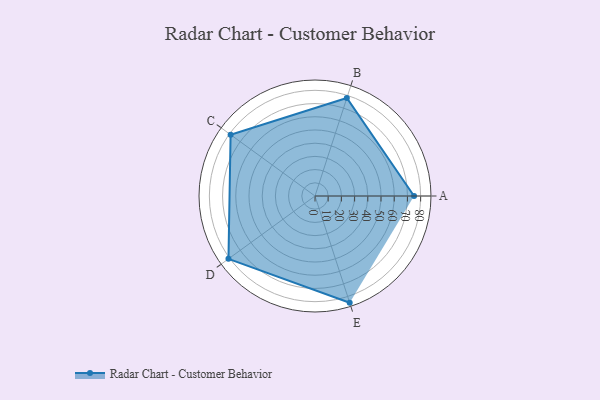
{"axis": {"x": "Skill", "y": "Score"}, "legend": ["Profile"], "data": [{"x": "A", "y": 75.0, "type": "Profile"}, {"x": "B", "y": 78.0, "type": "Profile"}, {"x": "C", "y": 79.0, "type": "Profile"}, {"x": "D", "y": 81.0, "type": "Profile"}, {"x": "E", "y": 85.0, "type": "Profile"}]}